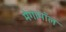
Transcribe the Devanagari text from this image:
मेगामॉल